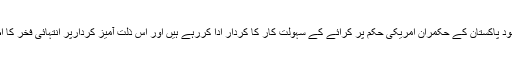
ان سب باتوں کے باوجود پاکستان کے حکمران امریکی حکم پر کرائے کے سہولت کار کا کردار ادا کررہے ہیں اور اس ذلت آمیز کردارپر انتہائی فخر کا اظہار بھی کررہے ہیں۔